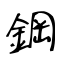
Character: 鋼